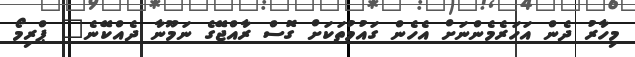
މިހާރު ދެން އަހަރެމެންނަށް އެހެން ގައުމުތަކަށް ގޮސް ރާއްޖޭގެ ނަމޫނާ ދެއްކޭނެ" ޕްރިމޯ